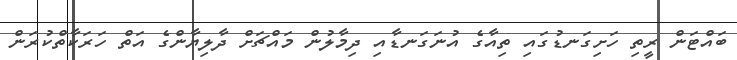
ބައްޓަން ރީތި ހަށިގަނޑުގައި ތިއާގެ އުނަގަނޑާއި ދިމާލުން މައްޗަށް ދާލިޔާންގެ އަތް ހަރަކާތްކުރަން